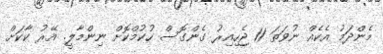
މެންދަމު އެކެއް ނުވަތަ 11 ޖެހިއިރު ގެންގޮސް ހުކުމްކޮށް ނިންމާލީ. އޭރު ކާކަށް